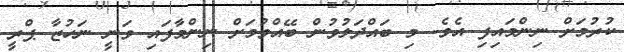
ކުރުމަށް ނިންމައިފި އެވެ. މި ބައްދަލުވުން ބޭއްވުމަށް ނިންމާފައި ވަނީ ނަހުޒާ ޕްރީ